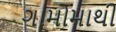
ગામોમાથી